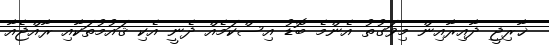
ޚާރިޖީ ދާއިރާއިން މިވަގުތު އެންމެ ބޮޑު އިސްކަމެއް ދެނީ އެކި ޤައުމުތަކާއި ރާއްޖެއާ